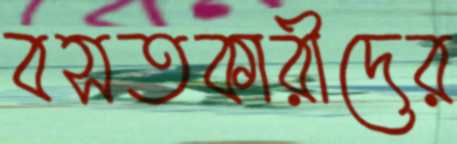
বসতকারীদের